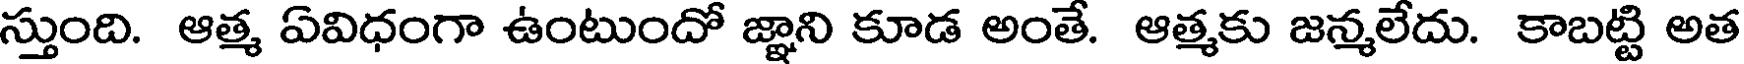
స్తుంది. ఆత్మ ఏవిధంగా ఉంటుందో జ్ఞాని కూడ అంతే. ఆత్మకు జన్మలేదు. కాబట్టి అత